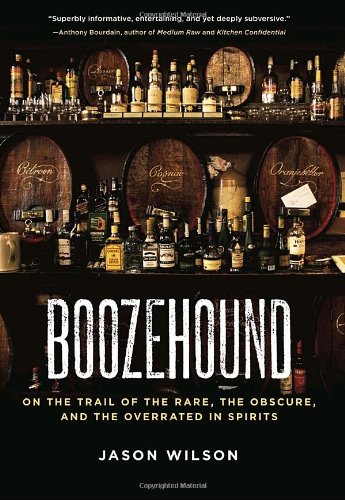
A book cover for Boozehound: On the Trail of the Rare, the Obscure, and the Overrated in Spirits; Jason Wilson; Humor & Entertainment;